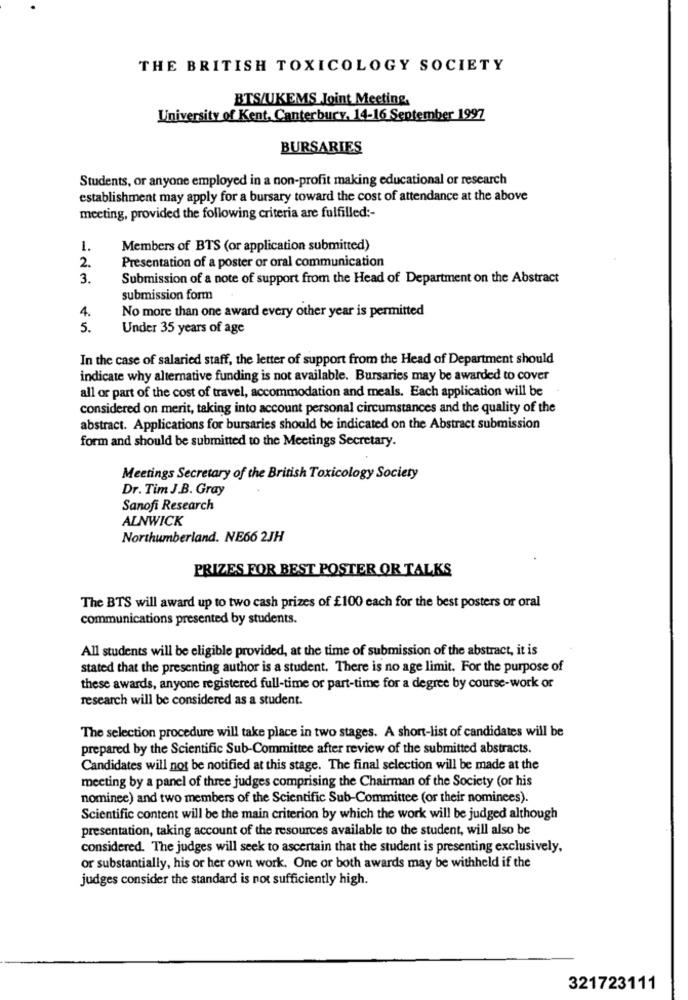
THE BRITISH TOXICOLOGY SOCIETY
BTS/UKEMS Joint Meeting,
University of Kent, Canterbury, 14-16 September 1997
BURSARIES
Students, or anyone employed in a non-profit making educational or research
establishment may apply for a bursary toward the cost of attendance at the above
meeting, provided the following criteria are fulfilled :-
1.
Members of BTS (or application submitted)
Presentation of a poster or oral communication
2.
3.
Submission of a note of support from the Head of Department on the Abstract
submission form
4.
No more than one award every other year is permitted
5.
Under 35 years of age
In the case of salaried staff, the letter of support from the Head of Department should
indicate why alternative funding is not available. Bursaries may be awarded to cover
all or part of the cost of travel, accommodation and meals. Each application will be
considered on merit, taking into account personal circumstances and the quality of the
abstract. Applications for bursaries should be indicated on the Abstract submission
form and should be submitted to the Meetings Secretary.
Meetings Secretary of the British Toxicology Society
Dr. Tim J.B. Gray
Sanofi Research
ALNWICK
Northumberland. NE66 2JH
PRIZES FOR BEST POSTER OR TALKS
The BTS will award up to two cash prizes of £100 each for the best posters or oral
communications presented by students.
All students will be eligible provided, at the time of submission of the abstract, it is
stated that the presenting author is a student. There is no age limit. For the purpose of
these awards, anyone registered full-time or part-time for a degree by course-work or
research will be considered as a student.
The selection procedure will take place in two stages. A short-list of candidates will be
prepared by the Scientific Sub-Committee after review of the submitted abstracts.
Candidates will not be notified at this stage. The final selection will be made at the
meeting by a panel of three judges comprising the Chairman of the Society (or his
nominee) and two members of the Scientific Sub-Committee (or their nominees).
Scientific content will be the main criterion by which the work will be judged although
presentation, taking account of the resources available to the student, will also be
considered. The judges will seek to ascertain that the student is presenting exclusively,
or substantially, his or her own work. One or both awards may be withheld if the
judges consider the standard is not sufficiently high.
321723111